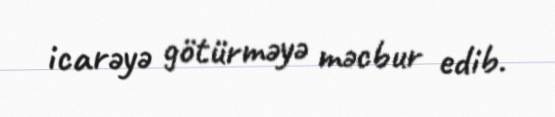
icarəyə götürməyə məcbur edib.